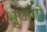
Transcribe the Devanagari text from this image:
भुजंगो